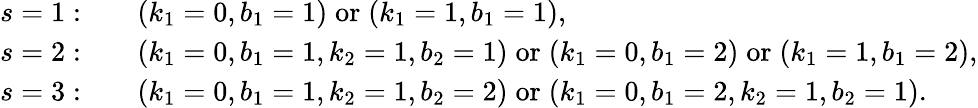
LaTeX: \begin{array}{rl}{s=1:}&{\quad(k_{1}=0,b_{1}=1)\; \mathrm{or}\; (k_{1}=1,b_{1}=1),}\\ {s=2:}&{\quad(k_{1}=0,b_{1}=1,k_{2}=1,b_{2}=1)\; \mathrm{or}\; (k_{1}=0,b_{1}=2)\; \mathrm{or}\; (k_{1}=1,b_{1}=2),}\\ {s=3:}&{\quad(k_{1}=0,b_{1}=1,k_{2}=1,b_{2}=2)\; \mathrm{or}\; (k_{1}=0,b_{1}=2,k_{2}=1,b_{2}=1).}\end{array}